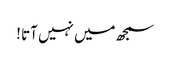
سمجھ میں نہیں آتا !